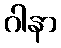
ဂါနာ